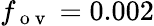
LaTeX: f_{\mathrm{~o~v~}}=0.002